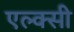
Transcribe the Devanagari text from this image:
एल्क्सी